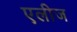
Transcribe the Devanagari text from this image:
एलीज